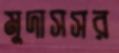
মুদাসসর